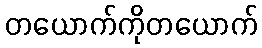
တယောက်ကိုတယောက်